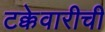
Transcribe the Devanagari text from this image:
टक्केवारीची